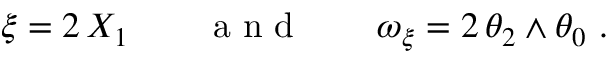
\begin{array} { r } { \xi = 2 \, X _ { 1 } \qquad \mathrm { ~ a ~ n ~ d ~ } \qquad \omega _ { \xi } = 2 \, \theta _ { 2 } \wedge \theta _ { 0 } \ . } \end{array}